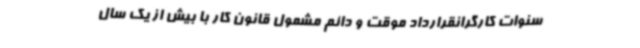
سنوات کارگرانقرارداد موقت و دائم مشمول قانون کار با بیش از یک سال